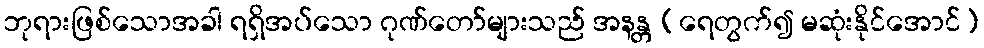
ဘုရားဖြစ်သောအခါ ရရှိအပ်သော ဂုဏ်တော်များသည် အနန္တ (ရေတွက်၍ မဆုံးနိုင်အောင်)